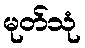
မုတ်သုံ